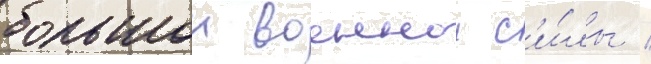
большои военнои с'и́лы /